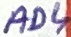
Text: AD4